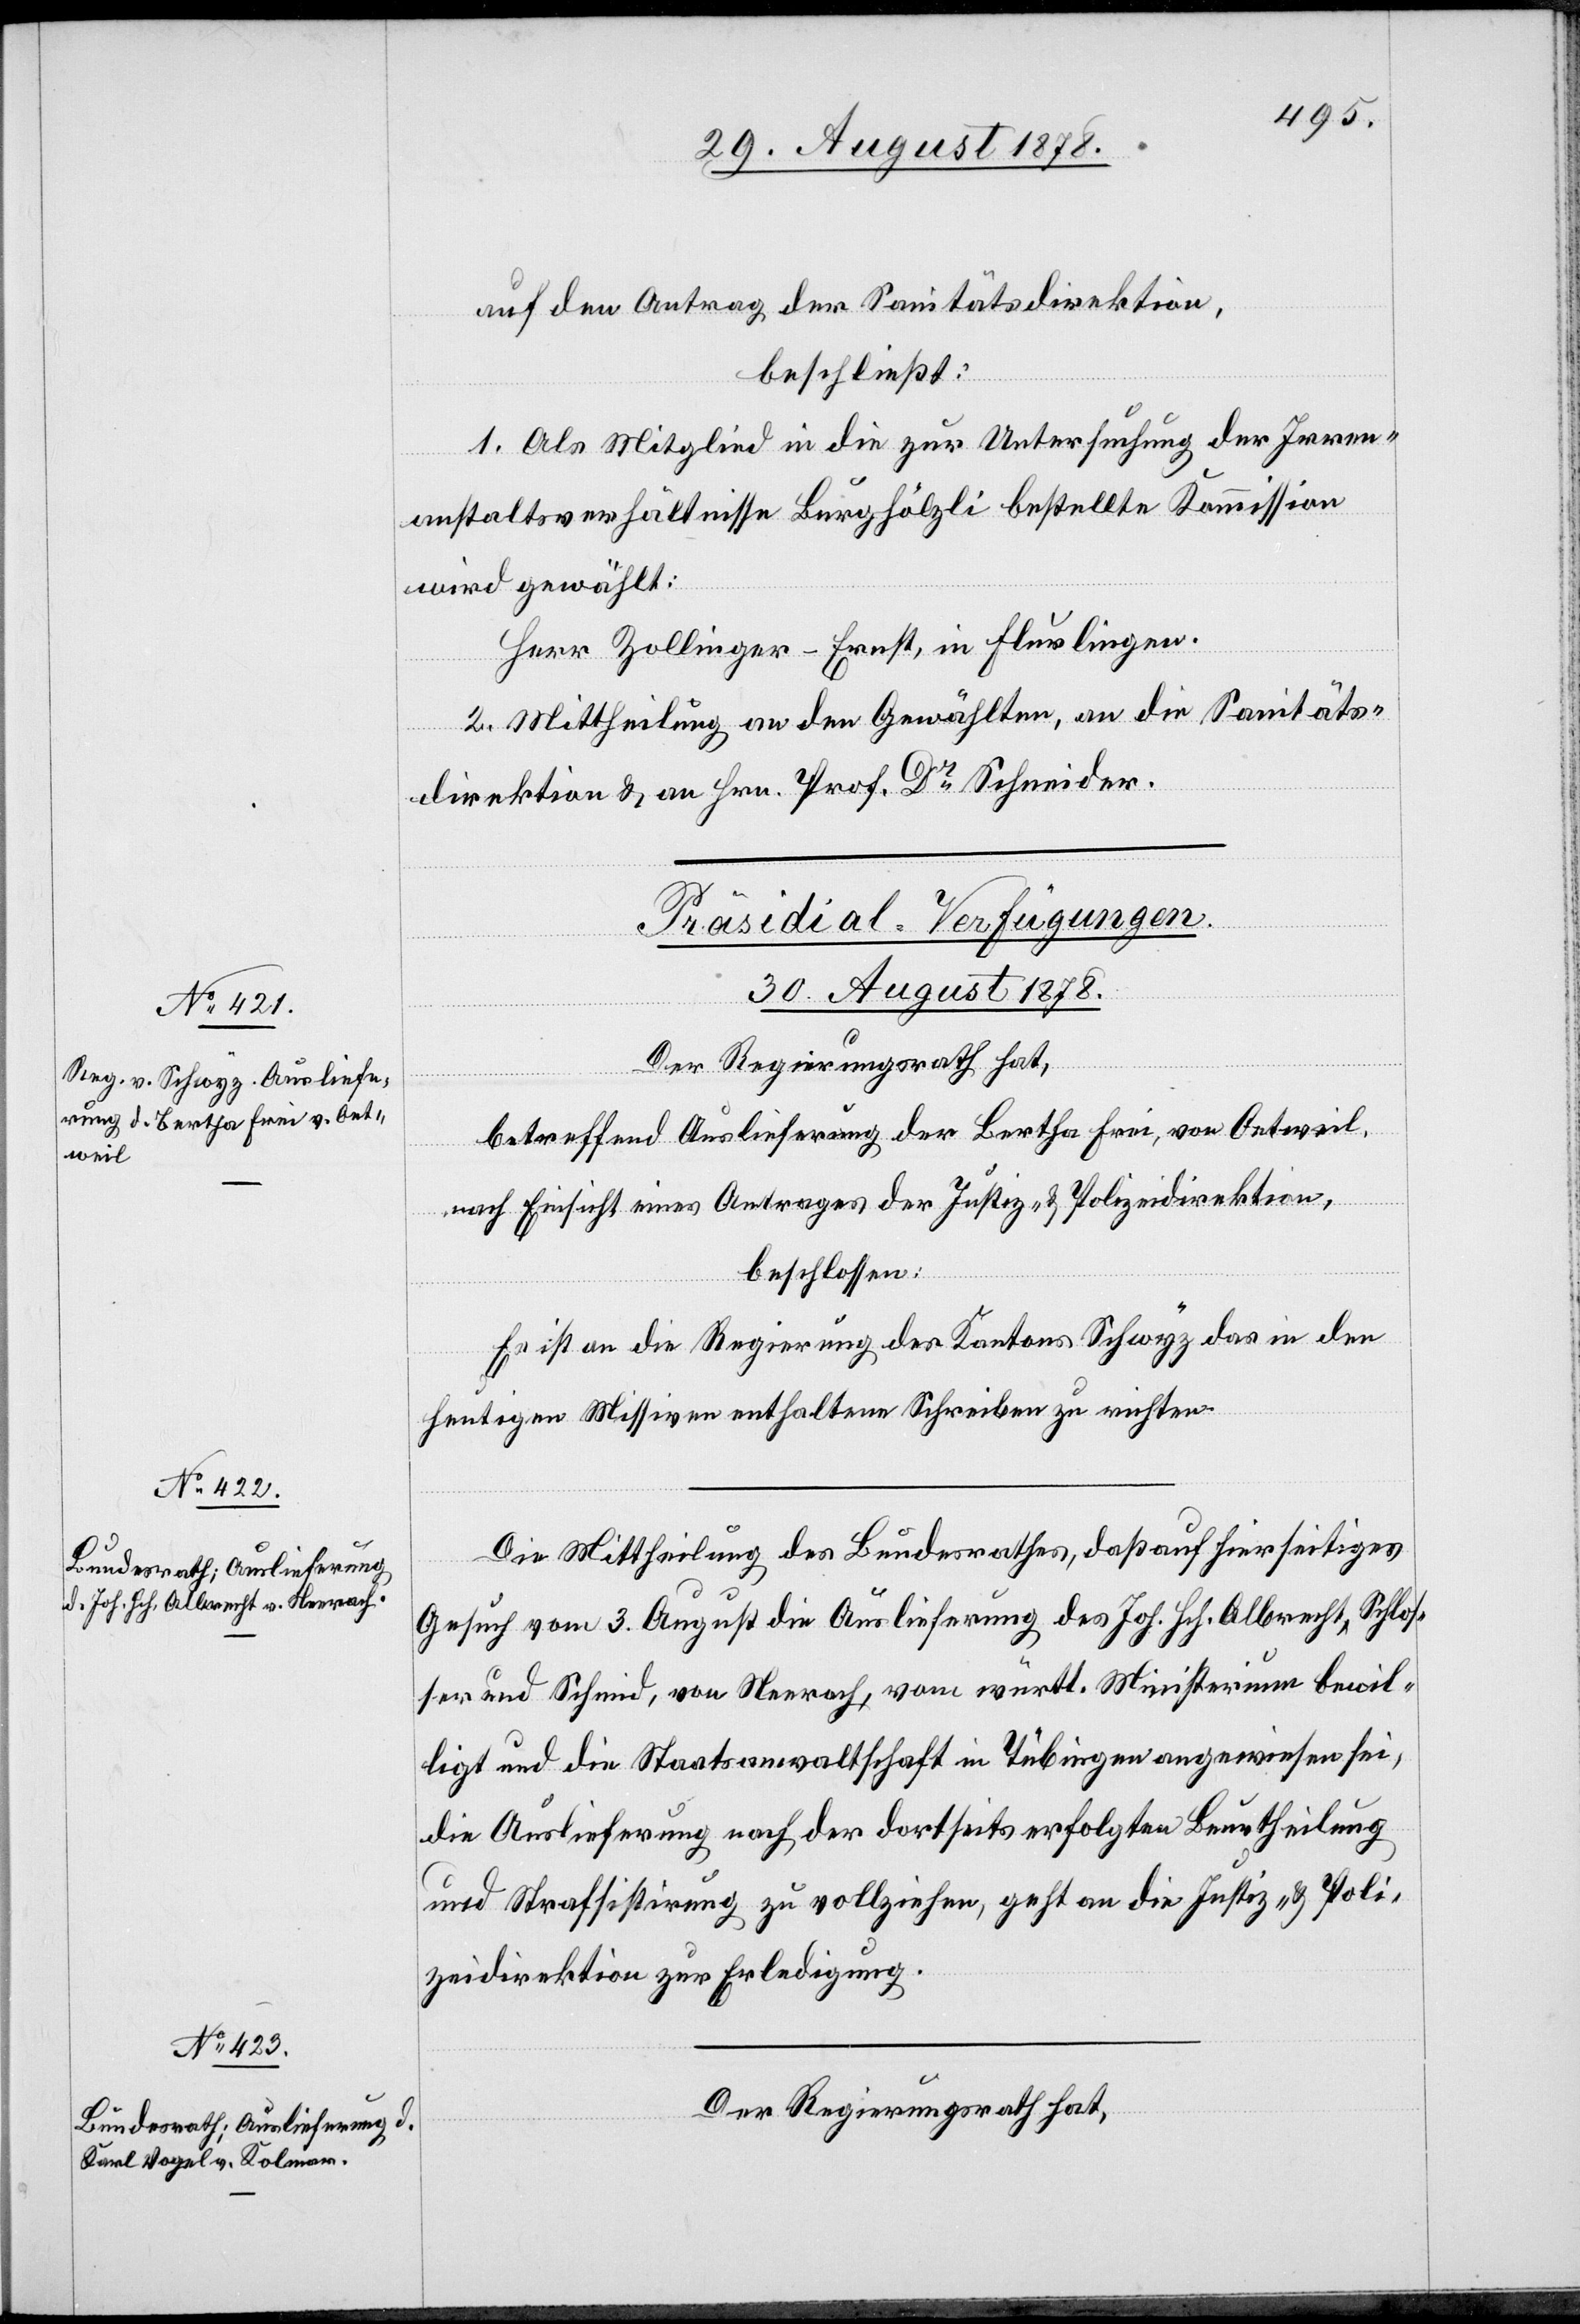
auf den Antrag der Sanitätsdirektion,
beschließt:
1. Als Mitglied in die zur Untersuchung der Irren¬
anstaltsverhältnisse Burghölzli bestellte Kommission
wird gewählt:
Herr Zollinger-Ernst, in Flurlingen.
2. Mittheilung an den Gewählten, an die Sanitäts¬
direktion & an Hrn. Prof. Dr Schneider.
[Präsidial-Verfügungen.
30. August 1878.]
Der Regierungsrath hat,
betreffend Auslieferung der Bertha Frei, von Oetweil,
nach Einsicht eines Antrages der Justiz- & Polizeidirektion,
beschlossen:
Es ist an die Regierung des Kantons Schwyz das in den
heutigen Missiven enthaltene Schreiben zu richten.
Die Mittheilung des Bundesrathes, daß auf hierseitiges
Gesuch vom 3. August die Auslieferung des Joh. Hch. Albrecht, Schlos¬
ser und Schmid, von Neerach, vom württ. Ministerium bewil¬
ligt und die Staatsanwaltschaft in Tübingen angewiesen sei,
die Auslieferung nach der dortseits erfolgten Beurtheilung
und Strafsistirung zu vollziehen, geht an die Justiz- & Poli¬
zeidirektion zur Erledigung.
Der Regierungsrath hat,